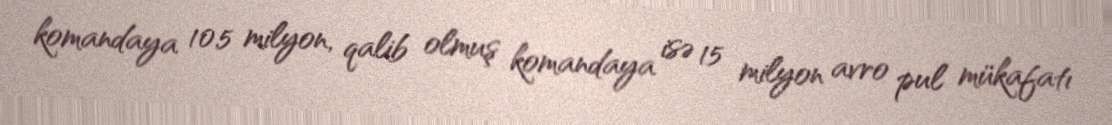
komandaya 10.5 milyon, qalib olmuş komandaya isə 15 milyon avro pul mükafatı